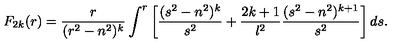
F _ { 2 k } ( r ) = { \frac { r } { ( r ^ { 2 } - n ^ { 2 } ) ^ { k } } } \int ^ { r } \left[ { \frac { ( s ^ { 2 } - n ^ { 2 } ) ^ { k } } { s ^ { 2 } } } + { \frac { 2 k + 1 } { l ^ { 2 } } } { \frac { ( s ^ { 2 } - n ^ { 2 } ) ^ { k + 1 } } { s ^ { 2 } } } \right] d s .